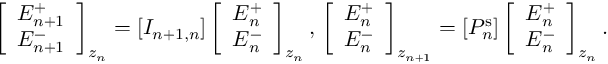
\left[ \begin{array} { l } { E _ { n + 1 } ^ { + } } \\ { E _ { n + 1 } ^ { - } } \end{array} \right] _ { z _ { n } } = [ I _ { n + 1 , n } ] \left[ \begin{array} { l } { E _ { n } ^ { + } } \\ { E _ { n } ^ { - } } \end{array} \right] _ { z _ { n } } , \, \left[ \begin{array} { l } { E _ { n } ^ { + } } \\ { E _ { n } ^ { - } } \end{array} \right] _ { z _ { n + 1 } } = [ P _ { n } ^ { \mathrm { s } } ] \left[ \begin{array} { l } { E _ { n } ^ { + } } \\ { E _ { n } ^ { - } } \end{array} \right] _ { z _ { n } } .